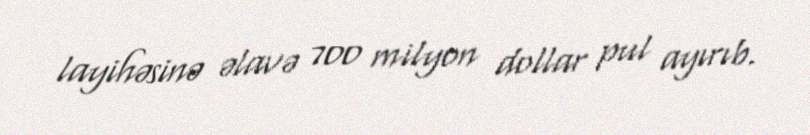
layihəsinə əlavə 700 milyon dollar pul ayırıb.